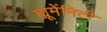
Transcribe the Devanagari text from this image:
ह्यूमेंनिटी